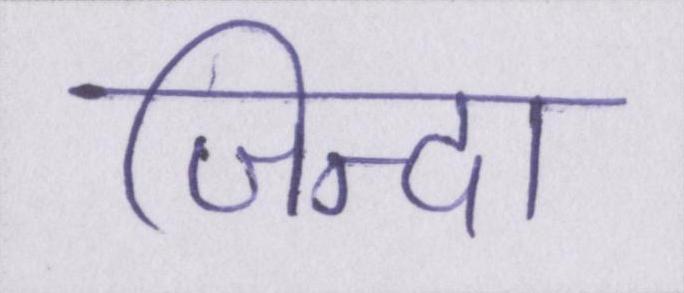
जिन्दा